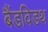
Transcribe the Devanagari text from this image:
बैंडविडथ